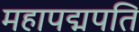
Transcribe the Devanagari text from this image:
महापद्मपति